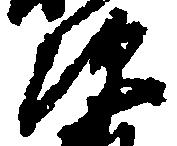
次